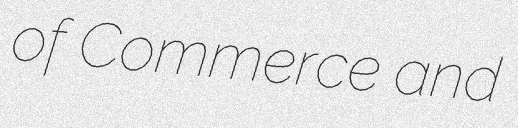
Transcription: of Commerce and